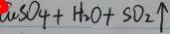
C u _ { 4 } S O _ { 4 } + H _ { 2 } O + S O _ { 2 } \uparrow